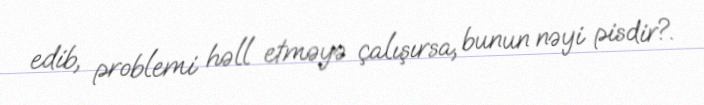
edib, problemi həll etməyə çalışırsa, bunun nəyi pisdir?.